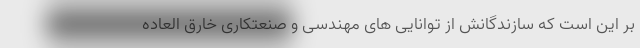
بر این است که سازندگانش از توانایی های مهندسی و صنعتکاری خارق العاده